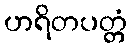
ဟရိတပတ္တံ